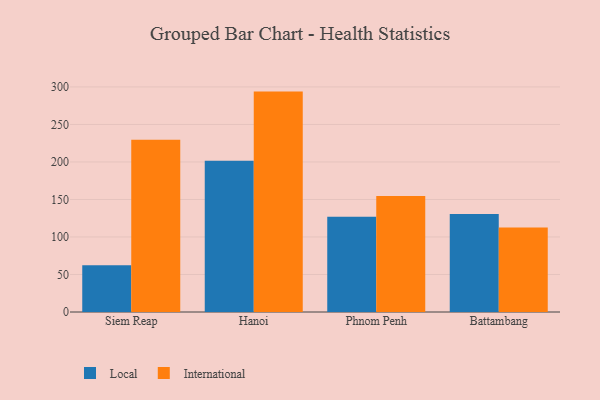
{"axis": {"x": "City", "y": "Backlog"}, "legend": ["International", "Local"], "data": [{"x": "Siem Reap", "y": 62.3, "type": "Local"}, {"x": "Siem Reap", "y": 229.7, "type": "International"}, {"x": "Hanoi", "y": 201.7, "type": "Local"}, {"x": "Hanoi", "y": 293.8, "type": "International"}, {"x": "Phnom Penh", "y": 126.9, "type": "Local"}, {"x": "Phnom Penh", "y": 154.7, "type": "International"}, {"x": "Battambang", "y": 130.8, "type": "Local"}, {"x": "Battambang", "y": 112.6, "type": "International"}]}